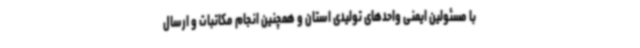
با مسئولین ایمنی واحدهای تولیدی استان و همچنین انجام مکاتبات و ارسال